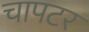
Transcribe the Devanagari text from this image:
चापटर